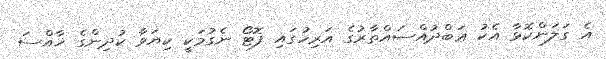
އެ ގަލަންކޮޅާ އެކު ޢަބްދުއްސައްތާރުގެ އަރިހުގައި ފޮޓޯ ނެގުމަކީ ކިޔަވާ ކުދިންގެ ޚާއްސަ